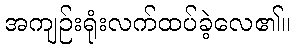
အကျဉ်းရုံးလက်ထပ်ခဲ့လေ၏။